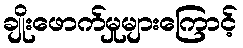
ချိုးဖောက်မှုများကြောင့်